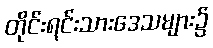
တိုင်းရင်းသားဒေသများ၌